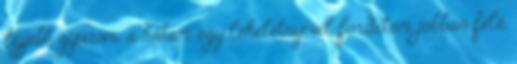
lejjebb gyűröm, a hátam egy leheletnyivel fordítom jobban felé,